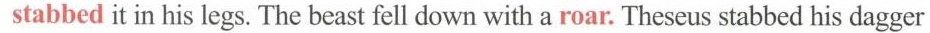
stabbed it in his legs. The beast fell down with a roar. Theseus stabbed his dagger